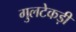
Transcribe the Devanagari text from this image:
गुलटेकड़ी